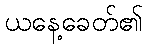
ယနေ့ခေတ်၏